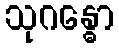
သုဂန္ဓော